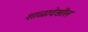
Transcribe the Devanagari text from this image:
शाळादेखील